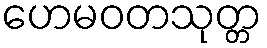
ဟေမဝတသုတ္တ